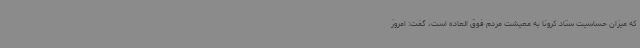
که میزان حساسیت ستاد کرونا به معیشت مردم فوق العاده است، گفت: امروز